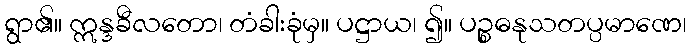
ရွာ၏။ ဣန္ဒခီလတော၊ တံခါးခုံမှ။ ပဋ္ဌာယ၊ ၍။ ပဉ္စဓနုသတပ္ပမာဏေ၊